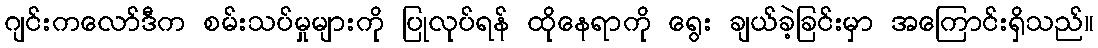
ဂျင်းကလော်ဒီက စမ်းသပ်မှုများကို ပြုလုပ်ရန် ထိုနေရာကို ရွေး ချယ်ခဲ့ခြင်းမှာ အကြောင်းရှိသည်။